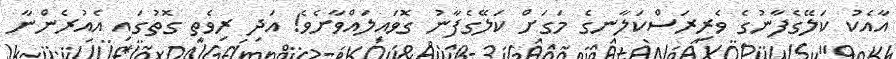
އާއެކު ކަލޭގެފާނުގެ ވެރިރަސްކަލާނގެ މަގަށް ކަލޭގެފާނު ގޮވައިލައްވާށެވެ! އަދި ރިވެތި ގޮތުގައި އެއުރެންނާ